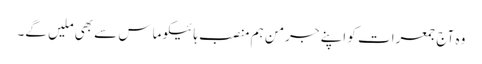
وہ آج جمعرات کو اپنے جرمن ہم منصب ہائیکو ماس سے بھی ملیں گے۔